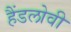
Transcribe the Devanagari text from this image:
हैंडलोवी